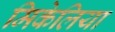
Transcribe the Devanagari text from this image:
मिकेलिया